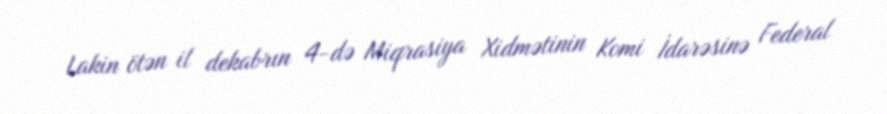
Lakin ötən il dekabrın 4-də Miqrasiya Xidmətinin Komi İdarəsinə Federal